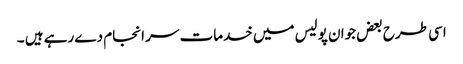
اسی طرح بعض جوان پولیس میں خدمات سر انجام دے رہے ہیں ۔